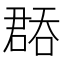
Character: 𭊝